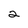
Character: 2